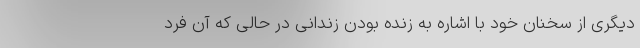
دیگری از سخنان خود با اشاره به زنده بودن زندانی در حالی که آن فرد